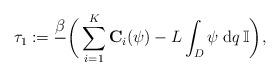
LaTeX: \begin{align*}\tau_1:= \frac{\beta}{}\bigg(\sum_{i=1}^K\mathbf{C}_i(\psi)-L\int_D\psi\;\mathrm{d}q\,\mathbb{I}\bigg),\end{align*}